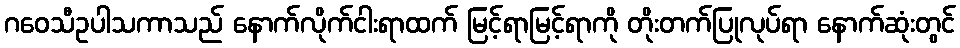
ဂဝေသီဥပါသကာသည် နောက်လိုက်ငါးရာထက် မြင့်ရာမြင့်ရာကို တိုးတက်ပြုလုပ်ရာ နောက်ဆုံးတွင်